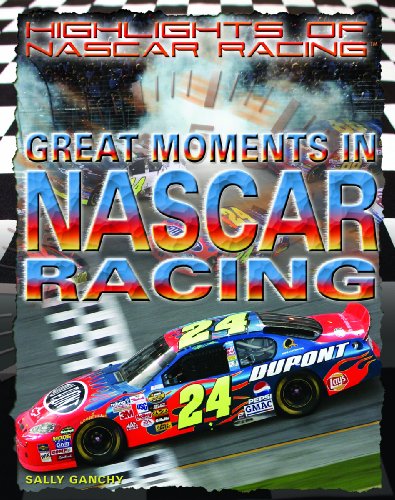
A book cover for Great Moments in NASCAR Racing (Highlights of Nascar Racing); Sally Ganchy; Teen & Young Adult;